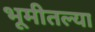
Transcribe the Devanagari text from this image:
भूमीतल्या